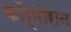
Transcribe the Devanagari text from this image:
कॉर्मोरान